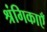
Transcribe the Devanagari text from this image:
श्रंगिकाएँ